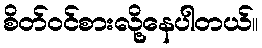
စိတ်ဝင်စားလို့နေပါတယ်။